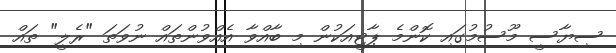
ސިޔާސީ މޫސުމުގައި ކޮންމެ ޕާޓީއަކުން މި ބާއްވާ އެއްވުންތައް ނުވަތަ "ރެލީ" ތައް